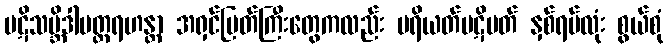
ပဋိသမ္ဘိဒါပတ္တရဟန္တာ အရှင်မြတ်ကြီးတွေကလည်း ပရိယတ်ပဋိပတ် နှစ်ရပ်လုံး စွယ်စုံ